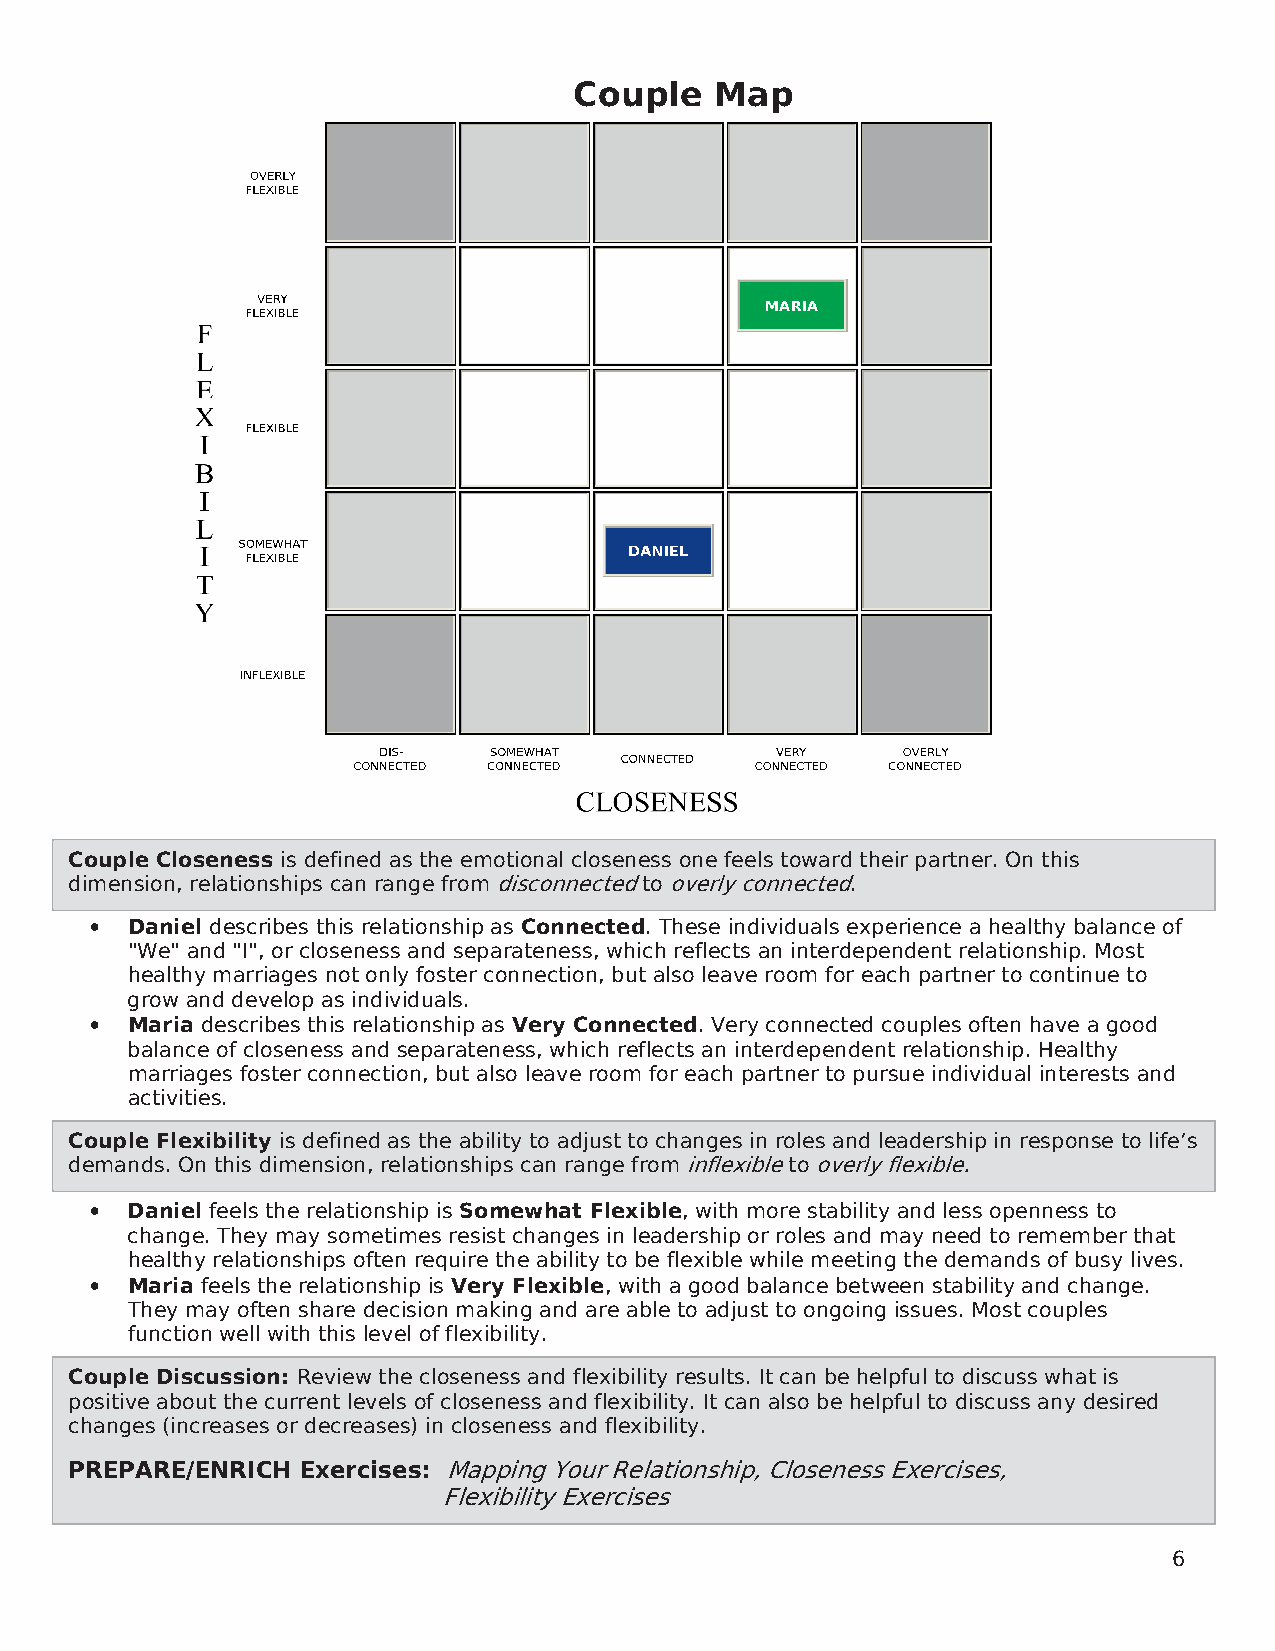
Couple   Map
 Couple Closeness is defined as the emotional closeness one feels toward their partner. On this
 dimension, relationships can range from disconnected to overly connected.
 • Daniel describes this relationship as Connected. These individuals experience a healthy balance of
 "We" and "I", or closeness and separateness, which reflects an interdependent relationship. Most
 healthy marriages not only foster connection, but also leave room for each partner to continue to
 grow and develop as individuals.
 • Maria describes this relationship as Very Connected. Very connected couples often have a good
 balance of closeness and separateness, which reflects an interdependent relationship. Healthy
 marriages foster connection, but also leave room for each partner to pursue individual interests and
 activities.
 Couple Flexibility is defined as the ability to adjust to changes in roles and leadership in response to life’s
 demands. On this dimension, relationships can range from inflexible to overly flexible.
 • Daniel feels the relationship is Somewhat Flexible, with more stability and less openness to
 change. They may sometimes resist changes in leadership or roles and may need to remember that
 healthy relationships often require the ability to be flexible while meeting the demands of busy lives.
 • Maria feels the relationship is Very Flexible, with a good balance between stability and change.
 They may often share decision making and are able to adjust to ongoing issues. Most couples
 function well with this level of flexibility.
 Couple Discussion: Review the closeness and flexibil ity results. It can be helpful to discuss what is
 positive about the current levels of closeness and flexibility. It can also be helpful to discuss any desired
 changes (increases or decreases) in closeness and flexibility.
 PREPARE/ENRICH Exercises: Mapping Your Relationship, Closeness Exercises,
 Flexibility Exercis es
 6